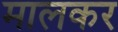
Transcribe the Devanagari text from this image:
मालकर